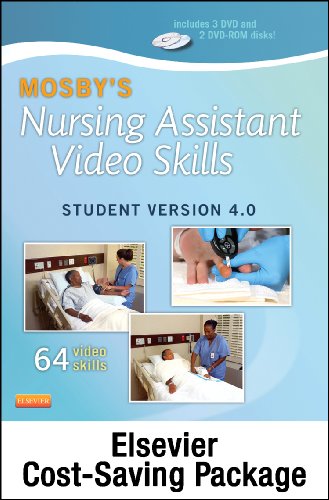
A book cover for Mosby's Nursing Assistant Video Skills: Student Online Version 4.0 (Access Code), 4e; Mosby; Medical Books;